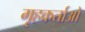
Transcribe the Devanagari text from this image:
गृहकर्ताओ